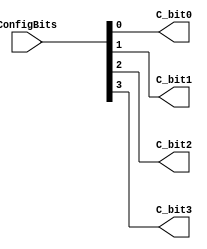
module Config_access (C_bit0, C_bit1, C_bit2, C_bit3, ConfigBits);
	parameter NoConfigBits = 4;// has to be adjusted manually (we don't use an arithmetic parser for the value)
	// Pin0
	output C_bit0; // EXTERNAL
	output C_bit1; // EXTERNAL
	output C_bit2; // EXTERNAL
	output C_bit3; // EXTERNAL
	// GLOBAL all primitive pins that are connected to the switch matrix have to go before the GLOBAL label
	input [NoConfigBits-1:0] ConfigBits;

	// we just wire configuration bits to fabric top
	assign C_bit0 = ConfigBits[0];
	assign C_bit1 = ConfigBits[1];
	assign C_bit2 = ConfigBits[2];
	assign C_bit3 = ConfigBits[3];

endmodule